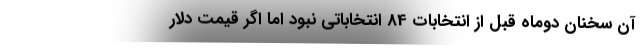
آن سخنان دوماه قبل از انتخابات 84 انتخاباتی نبود اما اگر قیمت دلار